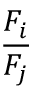
\frac { F _ { i } } { F _ { j } }